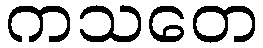
ကသတေ